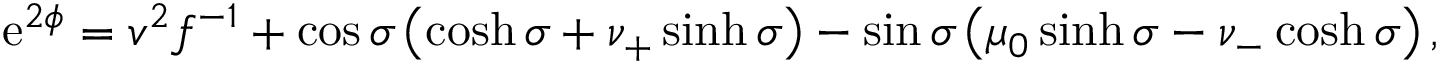
\mathrm { e } ^ { 2 \phi } = v ^ { 2 } f ^ { - 1 } + \cos \sigma \left( \cosh \sigma + \nu _ { + } \sinh \sigma \right) - \sin \sigma \left( \mu _ { 0 } \sinh \sigma - \nu _ { - } \cosh \sigma \right) ,